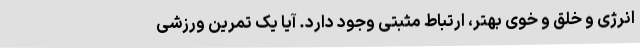
انرژی و خلق و خوی بهتر، ارتباط مثبتی وجود دارد. آیا یک تمرین ورزشی